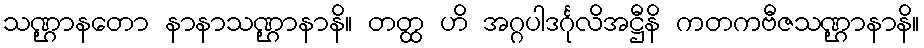
သဏ္ဌာနတော နာနာသဏ္ဌာနာနိ။ တတ္ထ ဟိ အဂ္ဂပါဒင်္ဂုလိအဋ္ဌီနိ ကတကဗီဇသဏ္ဌာနာနိ။